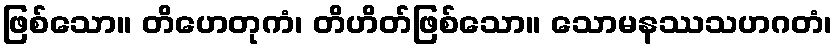
ဖြစ်သော။ တိဟေတုကံ၊ တိဟိတ်ဖြစ်သော။ သောမနဿသဟဂတံ၊